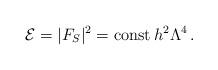
LaTeX: \begin{align*}{\cal E} = |F_S|^2 = \mbox{const}\, h^2\Lambda^4\, .\end{align*}